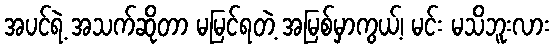
အပင်ရဲ့ အသက်ဆိုတာ မမြင်ရတဲ့ အမြစ်မှာကွယ့်၊ မင်း မသိဘူးလား